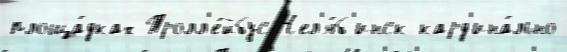
площа́дках Тролл'е́йбус Чел'я́б'инск кард'ина́льно